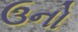
ઉનો